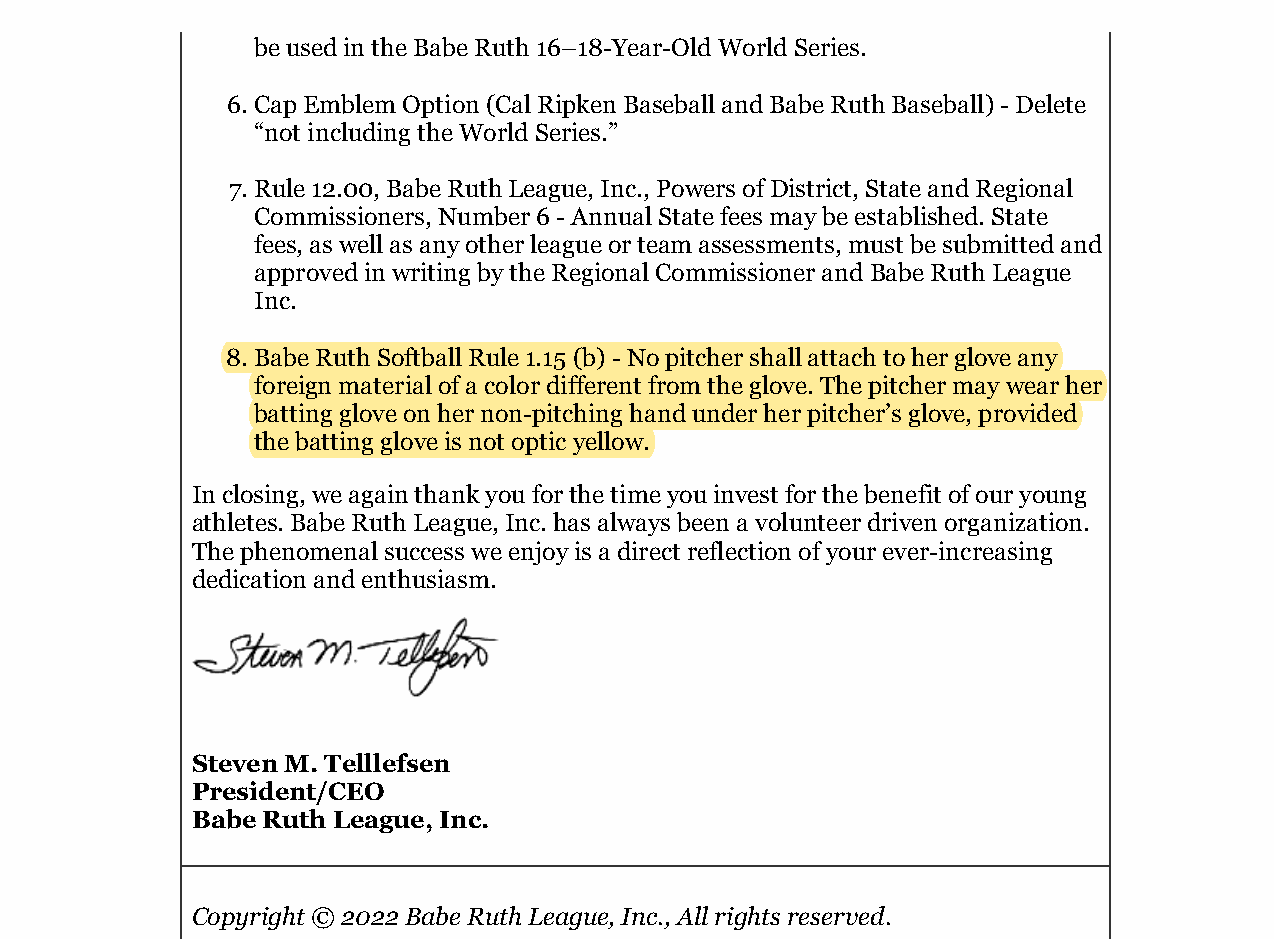
2022 Rule Changes                                      https://mail.aol.com/webmail-std/en-us/PrintMessage
 be used in the Babe Ruth 16–18-Year-Old World Series.
 6. Cap Emblem Option (Cal Ripken Baseball and Babe Ruth Baseball) - Delete
 “not including the World Series.”
 7. Rule 12.00, Babe Ruth League, Inc., Powers of District, State and Regional
 Commissioners, Number 6 - Annual State fees may be established. State
 fees, as well as any other league or team assessments, must be submitted and
 approved in writing by the Regional Commissioner and Babe Ruth League
 Inc.
 8. Babe Ruth Softball Rule 1.15 (b) - No pitcher shall attach to her glove any
 foreign material of a color different from the glove. The pitcher may wear her
 batting glove on her non-pitching hand under her pitcher’s glove, provided
 the batting glove is not optic yellow.
 In closing, we again thank you for the time you invest for the benefit of our young
 athletes. Babe Ruth League, Inc. has always been a volunteer driven organization.
 The phenomenal success we enjoy is a direct reflection of your ever-increasing
 dedication and enthusiasm.
 Steven M. Telllefsen
 President/CEO
 Babe Ruth League, Inc.
 Copyright © 2022 Babe Ruth League, Inc., All rights reserved.
 No longer want to receive these emails? Unsubscribe.
 Our mailing address is:
 Babe Ruth League, Inc. 1670 Whitehorse-Mercerville Road Hamilton, NJ 08619
 2 of 2                                                                   1/10/2022, 4:54 PM